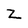
Character: z